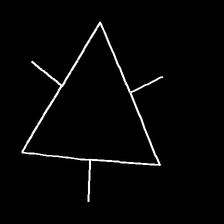
Glyph: fire